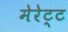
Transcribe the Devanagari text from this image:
मेरेट्ट